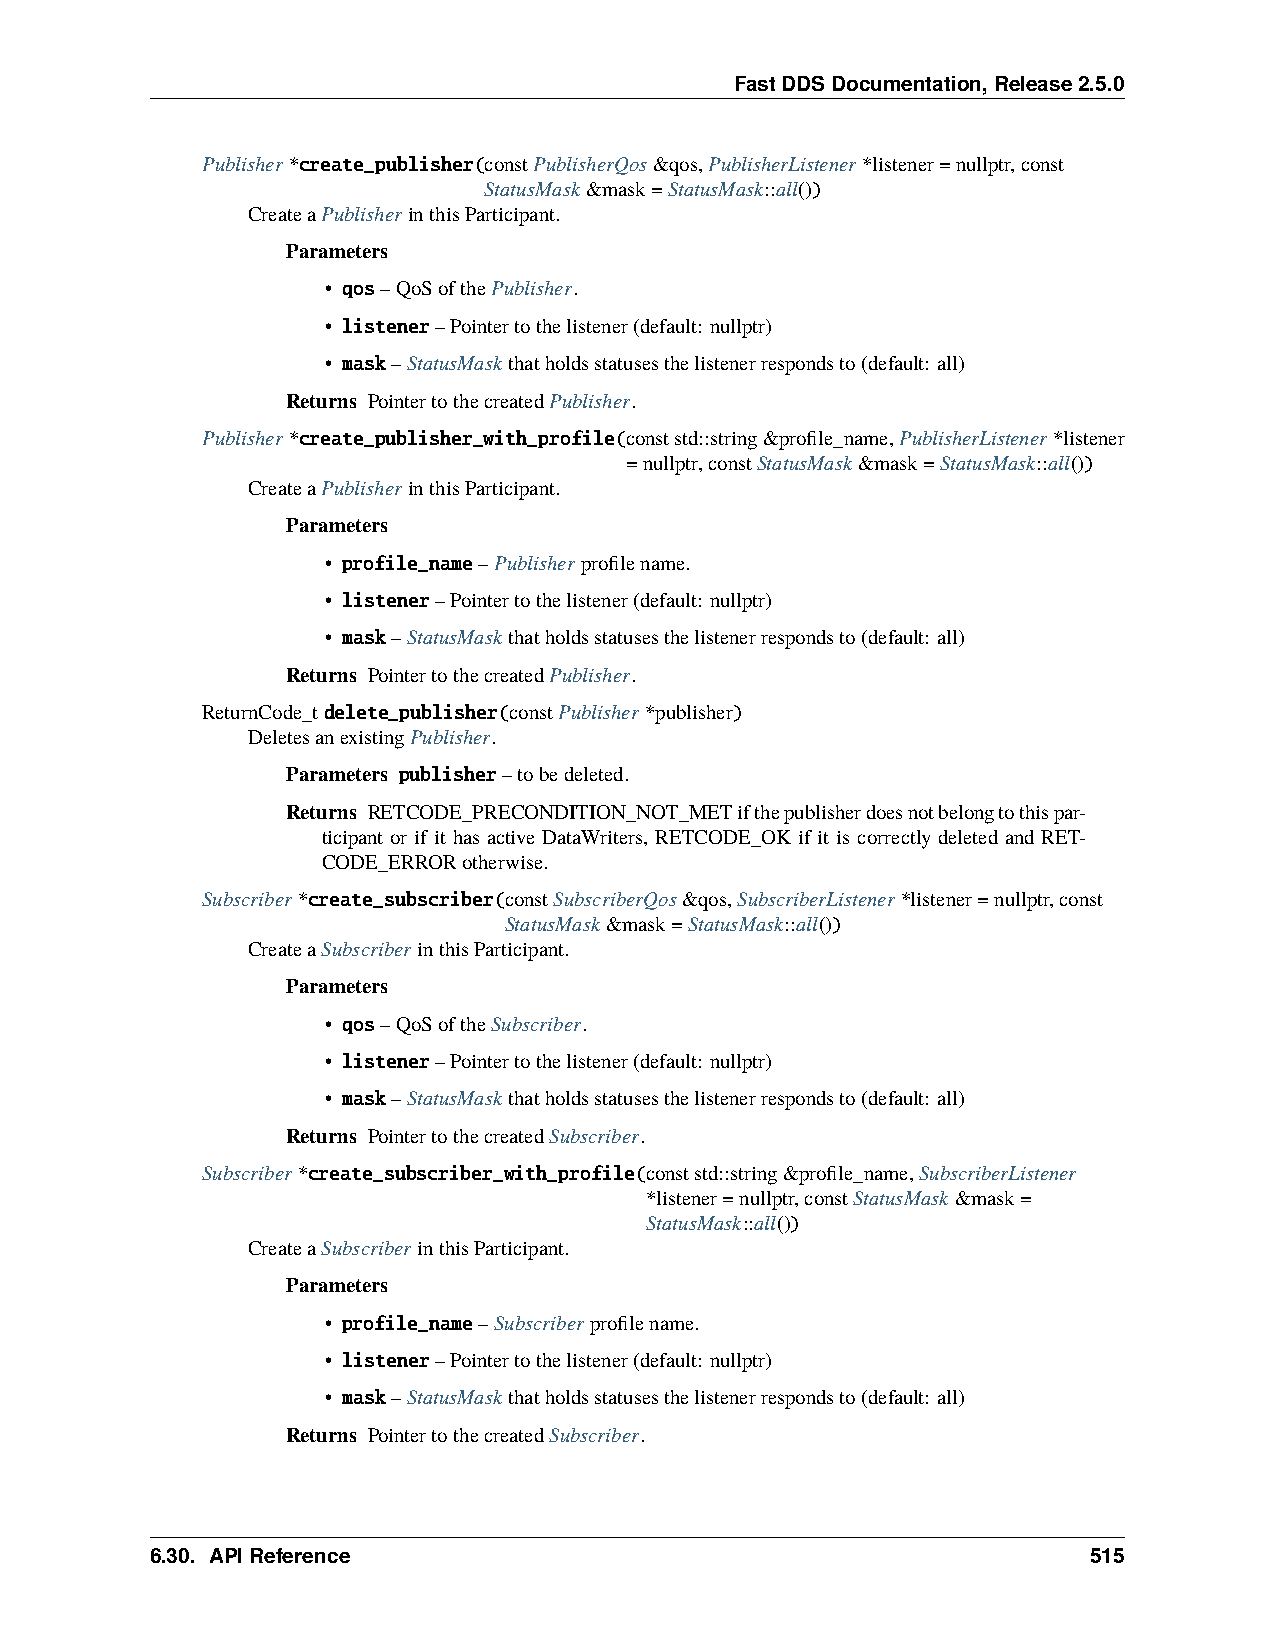
FastDDSDocumentation,Release2.5.0
 Publisher*create_publisher(constPublisherQos&qos,PublisherListener*listener=nullptr,const
 StatusMask&mask=StatusMask::all())
 CreateaPublisherinthisParticipant.
 Parameters
 • qos–QoSofthePublisher.
 • listener–Pointertothelistener(default: nullptr)
 • mask–StatusMaskthatholdsstatusesthelistenerrespondsto(default: all)
 Returns PointertothecreatedPublisher.
 Publisher*create_publisher_with_profile(conststd::string&profile_name,PublisherListener*listener
 =nullptr,constStatusMask&mask=StatusMask::all())
 CreateaPublisherinthisParticipant.
 Parameters
 • profile_name–Publisherprofilename.
 • listener–Pointertothelistener(default: nullptr)
 • mask–StatusMaskthatholdsstatusesthelistenerrespondsto(default: all)
 Returns PointertothecreatedPublisher.
 ReturnCode_tdelete_publisher(constPublisher*publisher)
 DeletesanexistingPublisher.
 Parameters publisher–tobedeleted.
 Returns RETCODE_PRECONDITION_NOT_METifthepublisherdoesnotbelongtothispar-
 ticipant or if it has active DataWriters, RETCODE_OK if it is correctly deleted and RET-
 CODE_ERRORotherwise.
 Subscriber*create_subscriber(constSubscriberQos&qos,SubscriberListener*listener=nullptr,const
 StatusMask&mask=StatusMask::all())
 CreateaSubscriberinthisParticipant.
 Parameters
 • qos–QoSoftheSubscriber.
 • listener–Pointertothelistener(default: nullptr)
 • mask–StatusMaskthatholdsstatusesthelistenerrespondsto(default: all)
 Returns PointertothecreatedSubscriber.
 Subscriber*create_subscriber_with_profile(conststd::string&profile_name,SubscriberListener
 *listener=nullptr,constStatusMask&mask=
 StatusMask::all())
 CreateaSubscriberinthisParticipant.
 Parameters
 • profile_name–Subscriberprofilename.
 • listener–Pointertothelistener(default: nullptr)
 • mask–StatusMaskthatholdsstatusesthelistenerrespondsto(default: all)
 Returns PointertothecreatedSubscriber.
 6.30. APIReference                                            515